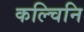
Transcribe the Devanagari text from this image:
कल्चिनि